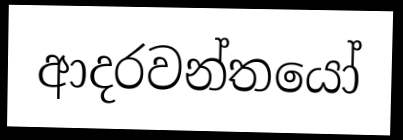
ආදරවන්තයෝ